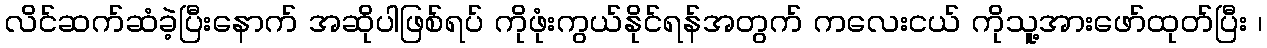
လိင်ဆက်ဆံခဲ့ပြီးနောက် အဆိုပါဖြစ်ရပ် ကိုဖုံးကွယ်နိုင်ရန်အတွက် ကလေးငယ် ကိုသူ့အားဖော်ထုတ်ပြီး ၊